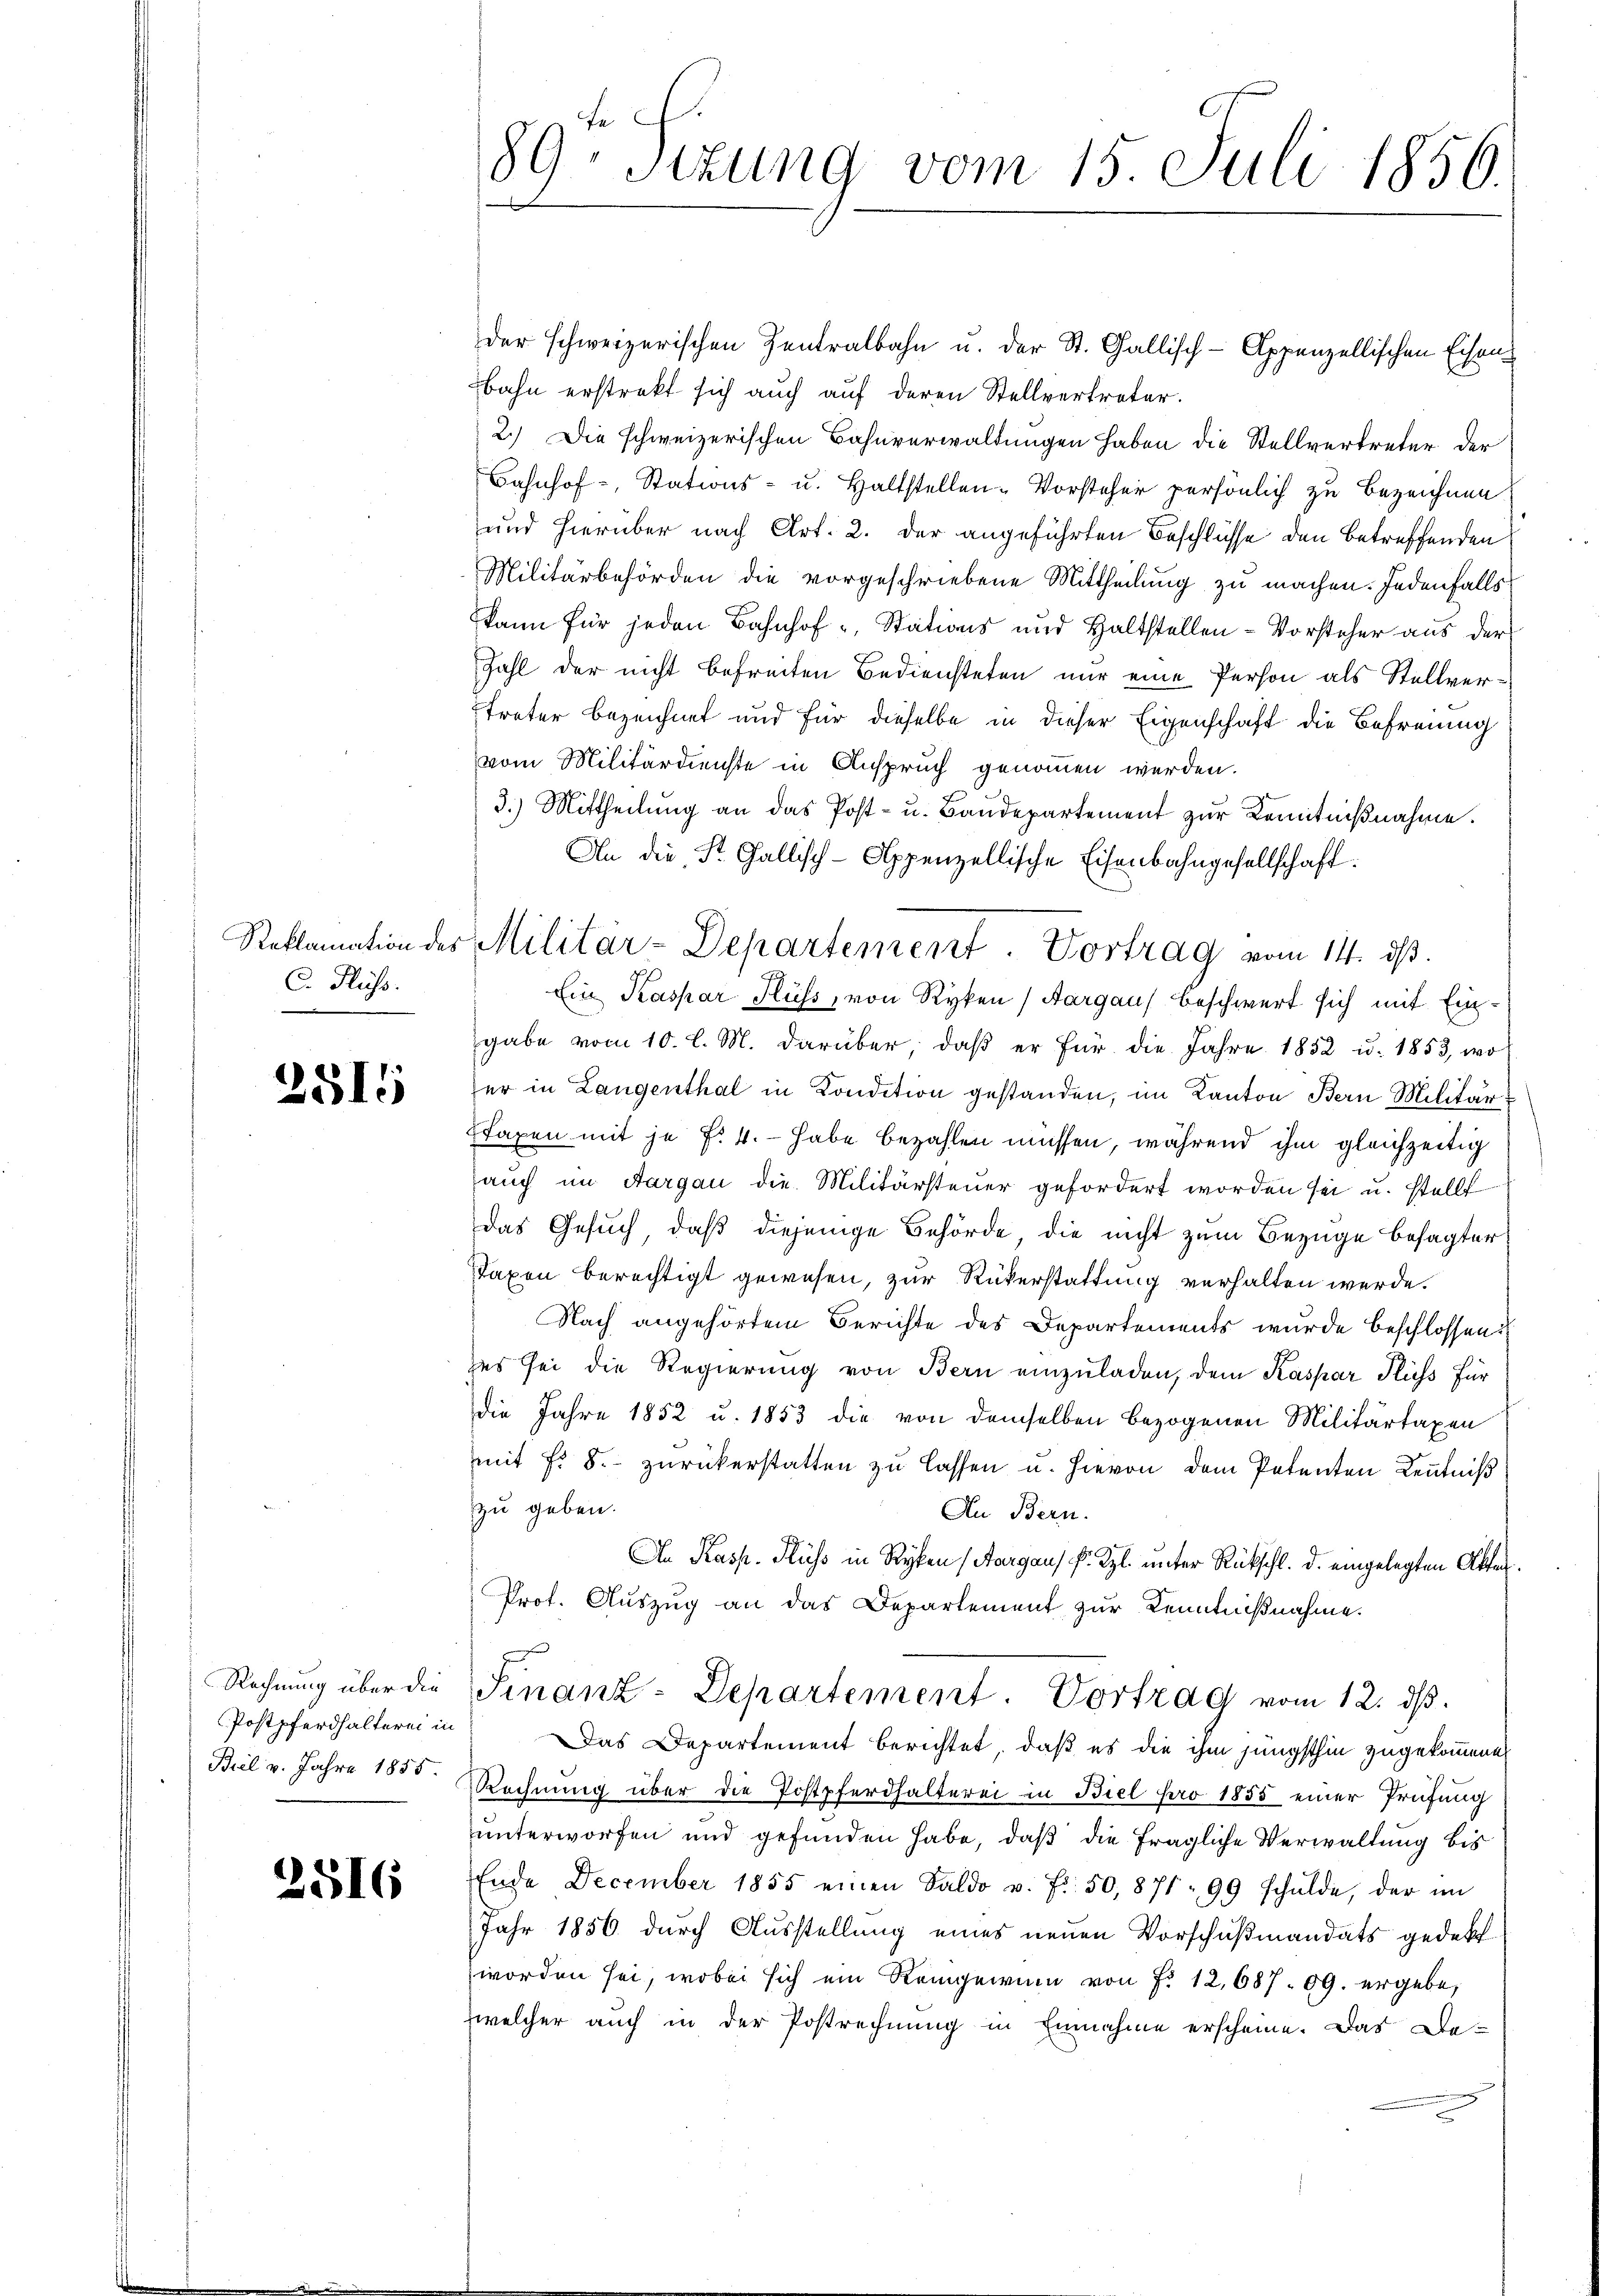
Reklamation des
C. Fluss.

2515

Postpferdhalterei in
Biel v. Jahre 1855.

2516

89. Sizung vom 15. Juli 1856.

der schweizerischen Zentralbahn u. der St. Gallisch-Appenzellischen Eisenbahn erstrakt sich auch auf deren Stellvertreter.
2.) Die schweizerischen Bahnverwaltungen haben die Stellvertreter der
Bahnhof-, Stations- u. Haltstellen-Vorsteher persönlich zu bezeichnen
und hierüber nach Art. 2. der angeführten Beschlüsse den betreffenden
Militärbehörden die vorgeschriebene Mittheilung zu machen. Jedenfalls
kann für jeden Bahnhof - Stations und Haltstellen-Vorsteher aus der
Zahl der nicht befreiten Bediensteten nur eine Person als Stellvertreter bezeichnet und für dieselbe in dieser Eigenschaft die Befreung
vom Militärdienste in Anspruch genommen werden.
3.) Mittheilŭng an das Post- u. Baŭdepartement zur Kenntnißnahme.
An die Fr. Gallisch-Appenzellische Eisenbahngesellschaft.
Ein Kaspar Fluss, von Ryken) Aargau beschwert sich mit Eingabe vom 10. l. M. darüber, daβ er für die Jahre 1852 u. 1853, wo
er in Langenthal in Kondition gestanden, im Kanton Bern Militär¬
Staxen mit je f. 4. - habe bezahlen müssen, während ihm gleichzeitig
aŭch im Aargau die Militärsteŭer gefordert worden sei u. stellt
Das Gesuch, daß diejenige Behörde die nicht zum Bezüge besagter
Taxon berechtigt gewesen, zur Rükerstattung verhalten werde.
Nach angehörtem Berichte des Departements wurde beschlossen:
zes sei die Regierung von Bern einzuladen, dem Kaspar Fluss für
die Jahre 1852 u. 1853 die von demselben bezogenen Militärtaxen
mit Fr. 5. zurückerstatten zu lassen u. hievon dem Petenten Kenntniß
zu geben.
An Bern.
An Kasp. Fluss in Ryben (Aargau, P. Kgl. unter Rückschl. d. eingelegten Akten.
Prof. Auszug an das Departement zur Kenntnißnahme.
Rechnŭng über die Finanz-Departement. Vortrag vom 12. dβ.
Das Departement berichtet, daß es die ihm jüngsthin zugekommenen
Rechnung über die Postpferdhalterei in Biel pro 1855 einer Prüfung
unterworfen und gefunden habe, daß die fragliche Verwaltung bis
Ende December 1855 einen Saldo v. fr. 50, 871 99 schŭlde, der im
Jahr 1856 durch Ausstellung eines neuen Vorschußmandats gedekt
worden sei, wobei sich ein Reingewinn von Fr. 12,687. 89. ergebe,
zwelcher auch in der Postrechnung in Einnahme erscheine. Das De-

Militär-Departement. Vortrag vom 14. ds.